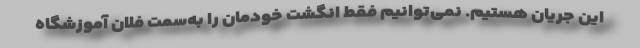
این جریان هستیم. نمی‌توانیم فقط انگشت خودمان را به‌سمت فلان آموزشگاه